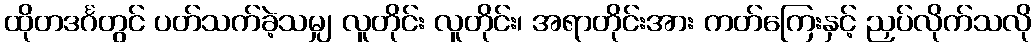
ထိုတဒင်္ဂတွင် ပတ်သက်ခဲ့သမျှ လူတိုင်း လူတိုင်း၊ အရာတိုင်းအား ကတ်ကြေးနှင့် ညှပ်လိုက်သလို